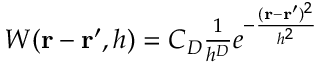
\begin{array} { r } { W ( \mathbf { r } - \mathbf { r } ^ { \prime } , h ) = C _ { D } \frac { 1 } { h ^ { D } } e ^ { - \frac { ( \mathbf { r } - \mathbf { r } ^ { \prime } ) ^ { 2 } } { h ^ { 2 } } } } \end{array}